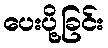
ပေးပို့ခြင်း